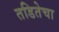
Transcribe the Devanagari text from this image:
तडितेचा